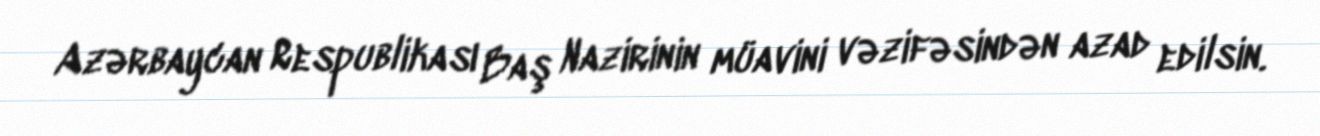
Azərbaycan Respublikası Baş Nazirinin müavini vəzifəsindən azad edilsin.